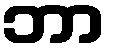
ဘာ